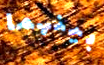
بينهما